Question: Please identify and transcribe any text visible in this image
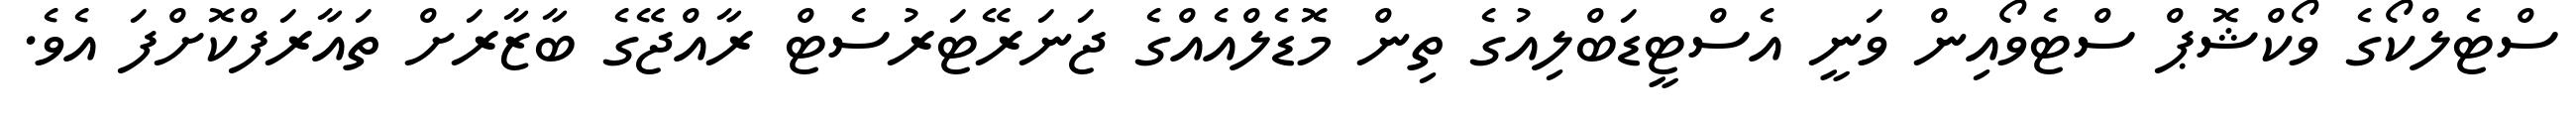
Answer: ސްޓެލްކޯގެ ވޯކްޝޮޕް ސްޓެވޯއިން ވަނީ އެސްޓީޑަބްލިއުގެ ތިން މޮޑެލްއެއްގެ ޖަނަރޭޓަރުސެޓް ރާއްޖޭގެ ބާޒާރަށް ތައާރަފްކޮށްފަ އެވެ.